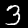
Label: 3